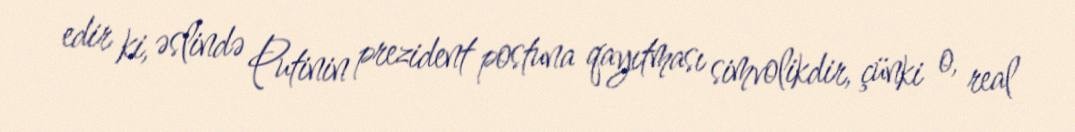
edir ki, əslində Putinin prezident postuna qayıtması simvolikdir, çünki o, real